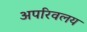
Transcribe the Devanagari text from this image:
अपरिवलय